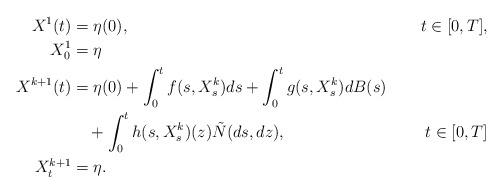
LaTeX: \begin{align*} X^1(t)&=\eta(0),&t\in[0,T],\\X^1_0&= \eta \\X^{k+1}(t)&=\eta(0)+\int_0^t f(s,X^k_s) ds+ \int_0^t g(s,X^k_s)d B(s)\\&\quad+\int_0^t h(s,X^k_s)(z)\tilde N(d s,d z),&t\in[0,T]\\ X^{k+1}_t&=\eta.\end{align*}